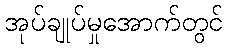
အုပ်ချုပ်မှုအောက်တွင်